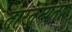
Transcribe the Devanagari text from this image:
तारतम्‍यता